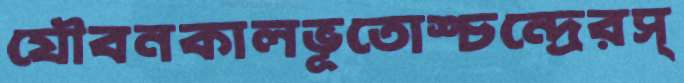
যৌবনকালভূতোশ্চন্দ্রেরস্